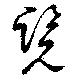
覧